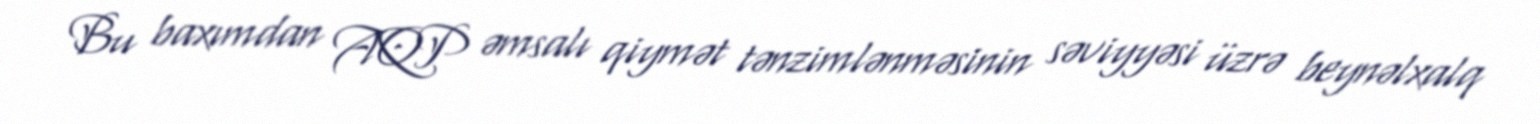
Bu baxımdan AQP əmsalı qiymət tənzimlənməsinin səviyyəsi üzrə beynəlxalq